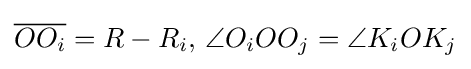
{\overline {OO_{i}}}=R-R_{i},\,\angle O_{i}OO_{j}=\angle K_{i}OK_{j}